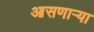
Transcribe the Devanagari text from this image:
आसणाऱ्या